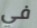
في